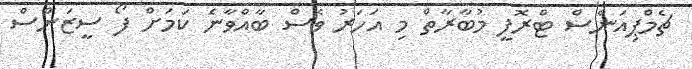
ޗެމްޕިއަަންސް ޓްރޮފީ މުބާރާތް މި އަހަރު ވެސް ބާއްވާނެ ކަމަށް ފޯ ސީޒަންސް